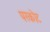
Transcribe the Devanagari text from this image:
परकाेट